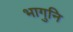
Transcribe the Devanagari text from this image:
भागुनि